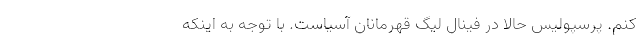
کنم. پرسپولیس حالا در فینال لیگ قهرمانان آسیاست. با توجه به اینکه